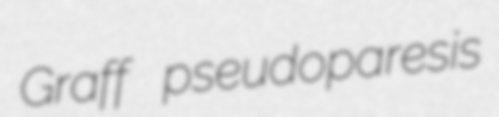
Graff pseudoparesis